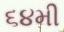
૬૪મી